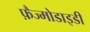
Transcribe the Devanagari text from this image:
फ़ैज्मोडाइडी